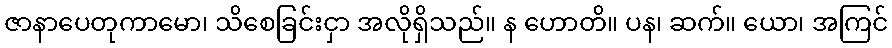
ဇာနာပေတုကာမော၊ သိစေခြင်းငှာ အလိုရှိသည်။ န ဟောတိ။ ပန၊ ဆက်။ ယော၊ အကြင်